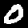
Digit: 0